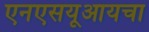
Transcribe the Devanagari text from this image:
एनएसयूआयचा